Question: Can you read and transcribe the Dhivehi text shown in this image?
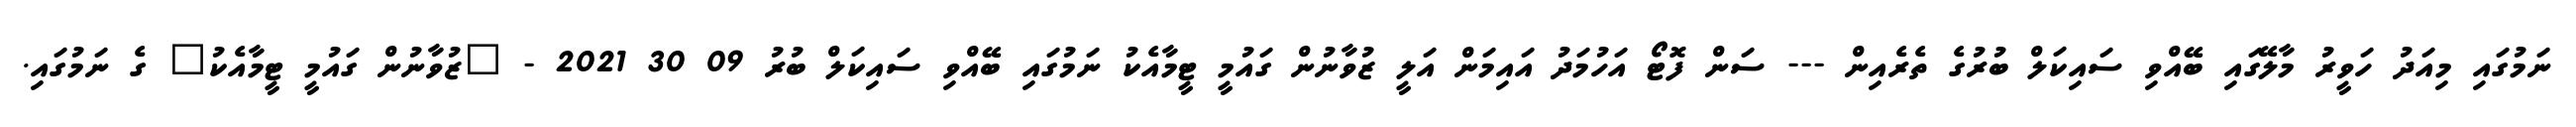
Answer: ނަމުގައި މިއަދު ހަވީރު މާލޭގައި ބޭއްވި ސައިކަލް ބުރުގެ ތެރެއިން --- ސަން ފޮޓޯ އަހުމަދު އައިމަން އަލީ ޒުވާނުން ގައުމީ ޓީމާއެކު ނަމުގައި ބޭއްވި ސައިކަލް ބުރު 09 30 2021 - "ޒުވާނުން ގައުމީ ޓީމާއެކު" ގެ ނަމުގައި.